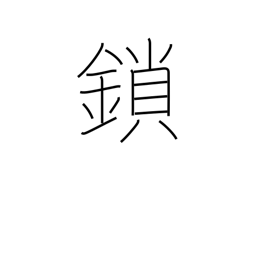
Meaning: irons